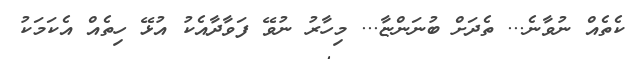
ކެތެއް ނުވާނެ... ތެދަށް ބުނަންޏާ... މިހާރު ނުވޭ ފަވާދާއެކު އުޅޭ ހިތެއް އެކަމަކު